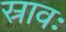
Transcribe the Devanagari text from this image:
स्रावः